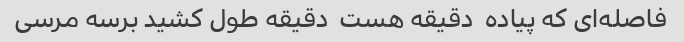
فاصله‌ای که پیاده  دقیقه هست  دقیقه طول کشید برسه مرسی